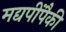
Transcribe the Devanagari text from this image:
मद्यपींपैकी